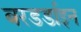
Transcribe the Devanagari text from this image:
बरडर्डाइन